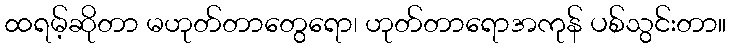
ထရမ့်ဆိုတာ မဟုတ်တာတွေရော၊ ဟုတ်တာရောအကုန် ပစ်သွင်းတာ။